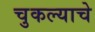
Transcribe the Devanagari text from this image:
चुकल्याचे